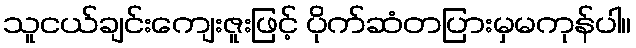
သူငယ်ချင်းကျေးဇူးဖြင့် ပိုက်ဆံတပြားမှမကုန်ပါ။